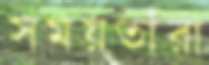
সময়তাঁরা